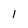
Character: 1